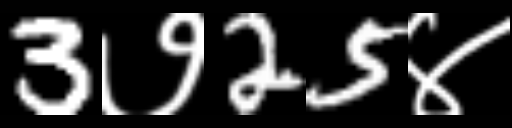
Text: 3७25४